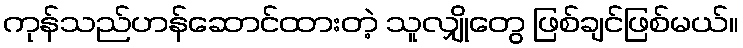
ကုန်သည်ဟန်ဆောင်ထားတဲ့ သူလျှိုတွေ ဖြစ်ချင်ဖြစ်မယ်။